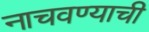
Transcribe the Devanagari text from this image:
नाचवण्याची